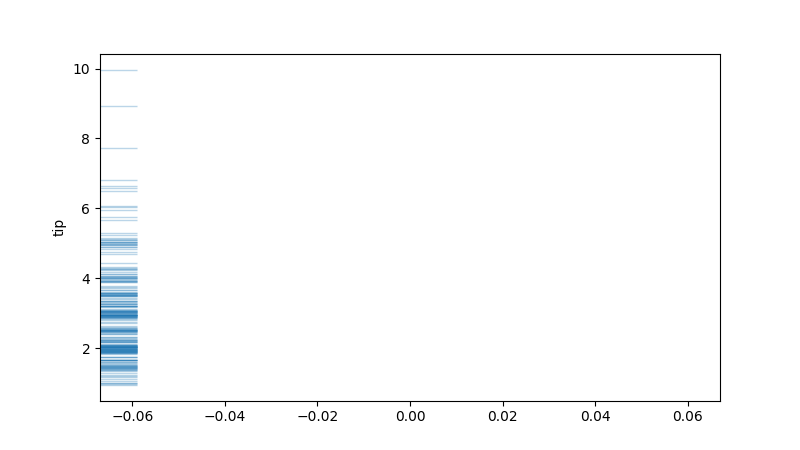
python, seaborn, rugplot, height=0.06, axis='y', alpha=0.3